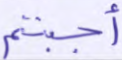
أجبتم